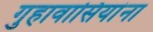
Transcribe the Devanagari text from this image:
गुहावासियांना